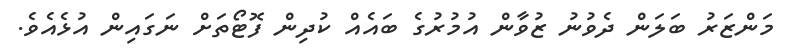
މަންޒަރު ބަލަން ދެވުނު ޒުވާން އުމުރުގެ ބައެއް ކުދިން ފޮޓޯތަށް ނަގައިން އުޅެއެވެ.